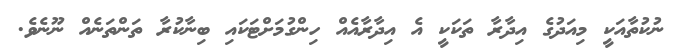
ނުކުތާއަކީ މިއަދުގެ އިދާރާ ތަކަކީ އެ އިދާރާއެއް ހިންގުމަށްޓަކައި ބިނާކުރާ ތަންތަނެއް ނޫނެވެ.